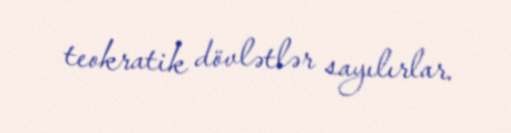
teokratik dövlətlər sayılırlar.